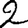
Digit: 2